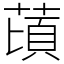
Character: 䔛